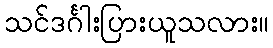
သင်ဒင်္ဂါးပြားယူသလား။